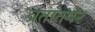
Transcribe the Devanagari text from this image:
व्रतांतपर